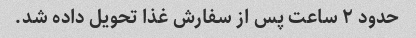
حدود ۲ ساعت پس از سفارش غذا تحویل داده شد.